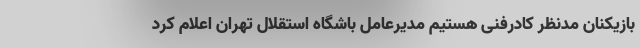
بازیکنان مدنظر کادرفنی هستیم مدیرعامل باشگاه استقلال تهران اعلام کرد